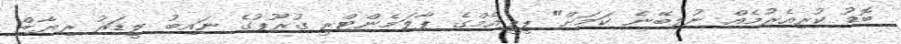
ބޮޑު ކުރިއެރުމެއް ނުލިބޭނެ ކަމަށް" ޕީޕީއެމްގެ ޕާލަމެންޓްރީ ގުރޫޕުގެ ނައިބު ލީޑަރު ރިޔާޒް